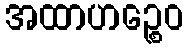
အထာဟဉ္စေဝ